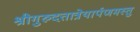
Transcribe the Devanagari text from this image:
श्रीगुरुदत्तात्रेयार्पणमस्तु